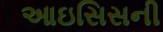
આઇસિસની